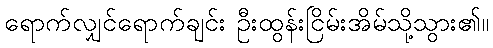
ရောက်လျှင်ရောက်ချင်း ဦးထွန်းငြိမ်းအိမ်သို့သွား၏။